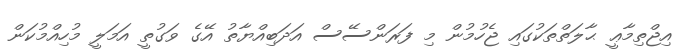
އިޖްތިމާޢީ ޙާލަތްތަކުގައި ޖެހުމުން މި ފަރަންސޭސް އަދަބިއްޔާތު އޭގެ ވަގުތީ އަމަލީ މުހިއްމުކަން